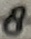
Text: 8